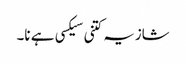
شازیہ کتنی سیکسی ہے نا۔